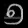
Digit: ၅